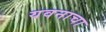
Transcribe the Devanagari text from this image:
यवनाचा